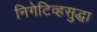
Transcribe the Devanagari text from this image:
निगेटिव्हसुद्धा